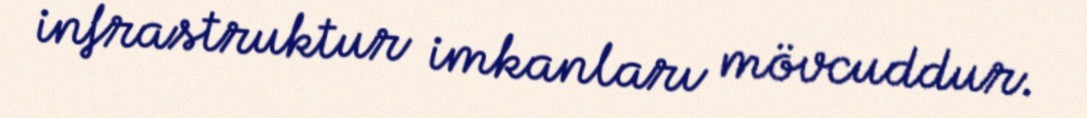
infrastruktur imkanları mövcuddur.